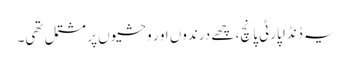
یہ ڈنڈا پارٹی پانچ، چھے درندوں او ر وحشیوں پر مشتمل تھی۔